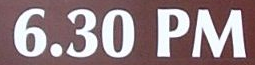
6.30 PM